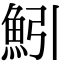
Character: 𫙒